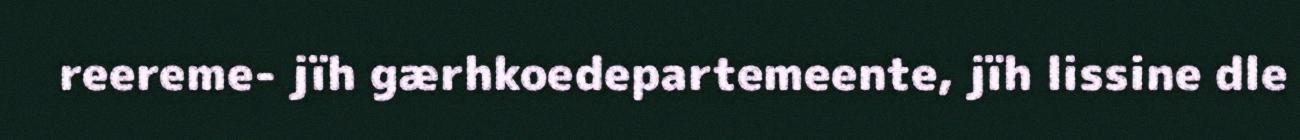
reereme- jïh gærhkoedepartemeente, jïh lissine dle